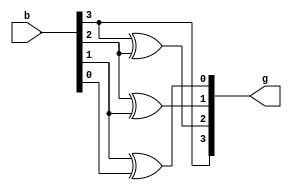
module binary_to_gray(g, b);
	input [3:0] b;
	output [3:0] g;
	assign g[3] = b[3];
	xor(g[2], b[3], b[2]);
	xor(g[1], b[2], b[1]);
	xor(g[0], b[1], b[0]);
endmodule

module binary_stimulus;
    reg [3:0] b;
    wire [3:0] g;
    binary_to_gray b1(g, b);
    initial
    begin
        b = 4'b0000;
    #50 b = 4'b0001;
    #50 b = 4'b0010;
    #50 b = 4'b0011;
    #50 b = 4'b0100;
    #50 b = 4'b0101;
    #50 b = 4'b0110;
    #50 b = 4'b0111;
    #50 b = 4'b1000;
    #50 b = 4'b1001;
    #50 b = 4'b1010;
    #50 b = 4'b1011;
    #50 b = 4'b1100;
    #50 b = 4'b1101;
    #50 b = 4'b1110;
    #50 b = 4'b1111;
    #200 $finish;
    end
endmodule